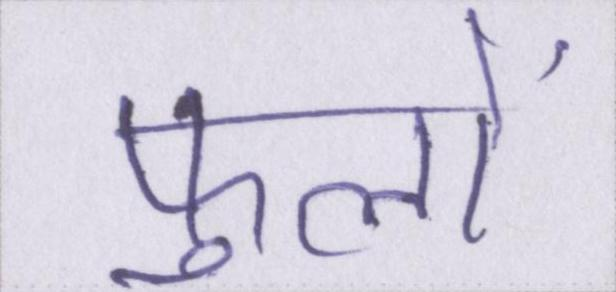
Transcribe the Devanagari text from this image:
फूलों